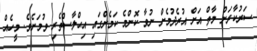
ސަރުކާރަށް މާތް އަށް އުރެދުމެށް ނުވާ ކޮންމެ ކަމެށްގައި އިޙްލާސްތެރި ވުމަށެވެ. މީހެއް